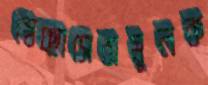
স্বেচ্ছাসেবামূলক